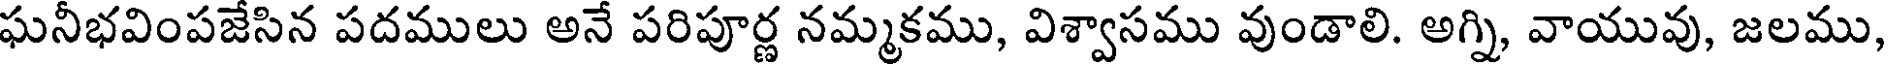
ఘనీభవింపజేసిన పదములు అనే పరిపూర్ణ నమ్మకము, విశ్వాసము వుండాలి. అగ్ని, వాయువు, జలము,